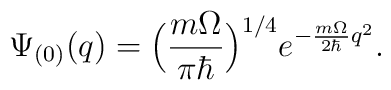
\Psi_{(0)} (q) = \Bigl( \frac{m \Omega}{ \pi \hbar} \Bigr)^{1/4}e^{- \frac{m \Omega}{2 \hbar} q^2}.